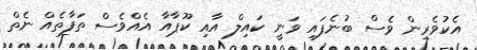
އެކުވެރިން ވެސް ބުނެފައި ވަނީ ކައިލް އާއި ކޫޕާއާ އެއްވެސް ތަފާތެއް ނެތް